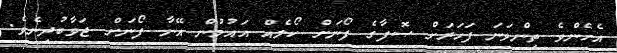
އެހެންވެ ތިންވަނަ ފަހަރަށް ޞޮފާގެ ފޯނަށް ކޯލެއް އައުމުން އޭނާ ފޯނަށް ޖަވާބުދިނެވެ.